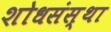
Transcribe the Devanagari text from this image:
शोधसंस्था